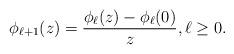
LaTeX: \begin{align*}\phi_{\ell+1}(z) = \frac{\phi_\ell(z) - \phi_\ell(0)}{z},\ell\ge 0.\end{align*}